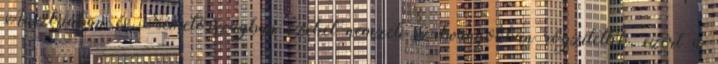
Ausztriában és Németországban ezeket nemzeti szabványokban rögzítették, ezért a